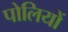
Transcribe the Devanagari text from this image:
पोलियों